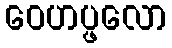
ဝေဟပ္ဖလော